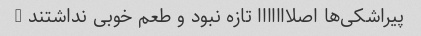
پیراشکی‌ها اصلااااااا تازه نبود و طعم خوبی نداشتند …